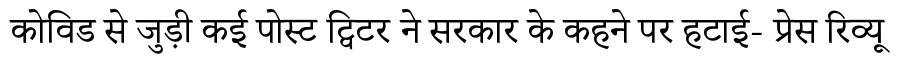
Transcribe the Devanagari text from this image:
कोविड से जुड़ी कई पोस्ट ट्विटर ने सरकार के कहने पर हटाई- प्रेस रिव्यू